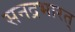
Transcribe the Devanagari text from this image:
सनद्रभारत्